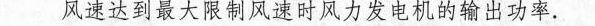
风速达到最大限制风速时风力发电机的输出功率。